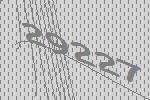
29227